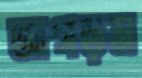
আগড়ম